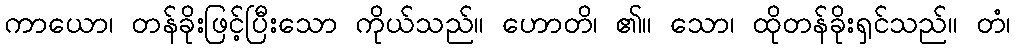
ကာယော၊ တန်ခိုးဖြင့်ပြီးသော ကိုယ်သည်။ ဟောတိ၊ ၏။ သော၊ ထိုတန်ခိုးရှင်သည်။ တံ၊